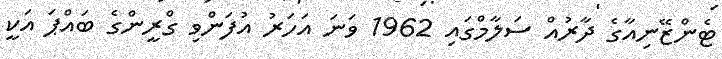
ޓެންޒޭނިއާގެ ދާރުއް ސަލާމްގައި 1962 ވަނަ އަހަރު އުފަންވި ގްރީންގެ ބައްޕަ އަކީ